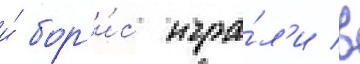
и́ бор'и́с игра́л'и в